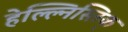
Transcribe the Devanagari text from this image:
हेल्ल्निस्तिक्